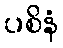
ပစိနံ